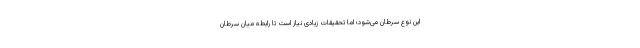
این نوع سرطان می­شود؛ اما تحقیقات زیادی نیاز است تا رابطه­ میان سرطان